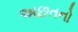
અછતનો